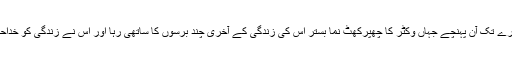
مختلف کمروں سے ہوتے ہوئے ہم آخری کمرے تک آن پہنچے جہاں وکٹر کا چھپرکھٹ نما بستر اس کی زندگی کے آخری چند برسوں کا ساتھی رہا اور اس نے زندگی کو خداحافظ کہہ کے موت کا ہاتھ اسی بستر پہ تھاما۔